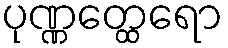
ပုဏ္ဏတ္ထေရော